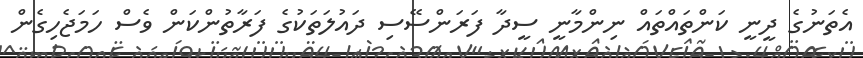
އެތަނުގެ ދީނީ ކަންތައްތައް ނިންމާނީ ސީދާ ފަރަންސޭސި ދައުލަތަކުގެ ފަރާތުންކަން ވެސް ހަމަޖެހިގެން